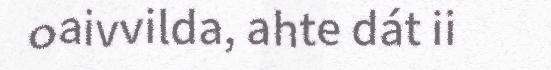
oaivvilda, ahte dát ii